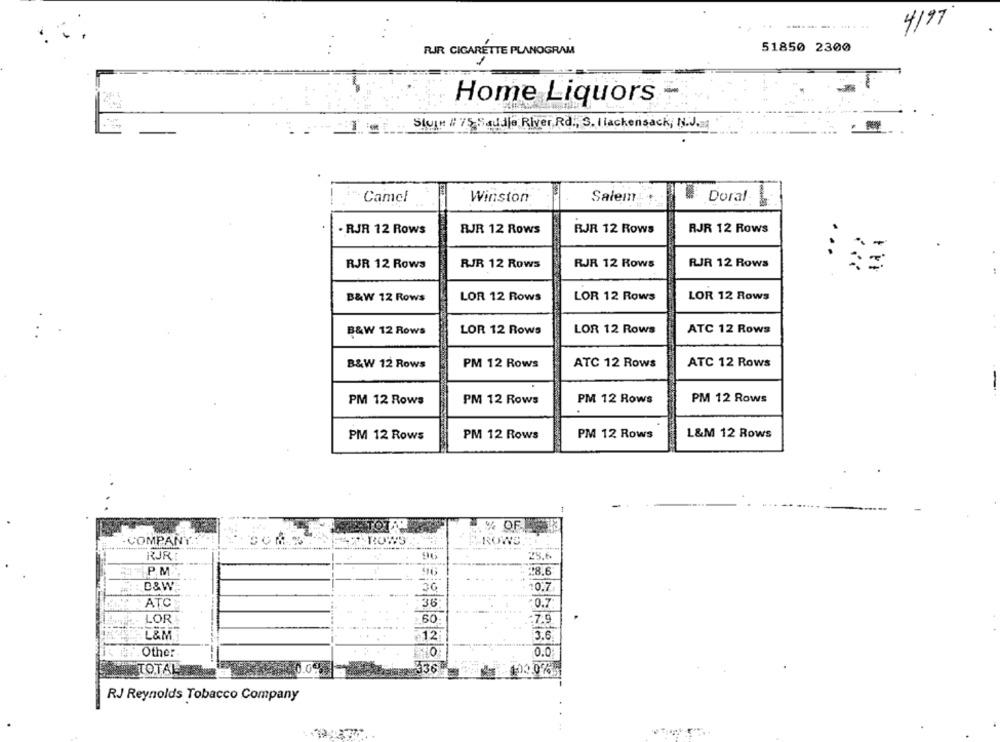
4/97
-----.
... ..
51850 2300
RJR CIGARETTE PLANOGRAM
Home Liquors
Slug # 75Saddle River, Rd ., S. llackensack; N.J.
" Camel
Winston
Salem
Doral
. RJR 12 Rows
RJR 12 Rows
RJR 12 Rows
RJR 12 Rows
RJR 12 Rows
RJR 12 Rows
RJR 12 Rows
RJR 12 Rows
LOR 12 Rows
LOR 12 Rows
B&W 12 Rows
LOR 12 Rows
B&W 12 Rows
LOR 12 Rows
LOR 12 Rows
ATC 12 Rows
B&W 12 Rows
PM 12 Rows
ATC 12 Rows
ATC 12 Rows
PM 12 Rows
PM 12 Rows
PM 12 Rows
PM 12 Rows
PM 12 Rows
PM 12 Rows
PM 12 Rows
L&M 12 Rows
% OF
COMPANY
ROWS
RJR
25.6
PM
28.6
D&W
10.7
ATC
.36
0.7
LOR
60
.7.9
L&M.
·12
3.6
Other
0.0:
TOTAL
336
103.065
RJ Reynolds Tobacco Company